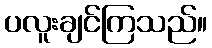
ပလူးချင်ကြသည်။